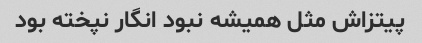
پیتزاش مثل همیشه نبود انگار نپخته بود